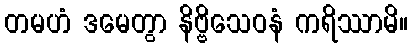
တမဟံ ဒမေတွာ နိဗ္ဗိသေဝနံ ကရိဿာမိ။